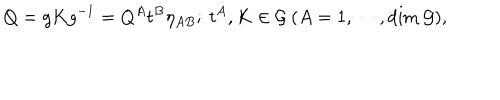
Q = g K g ^ { - 1 } = Q ^ { A } t ^ { B } \eta _ { A B } ; ~ t ^ { A } , K \in { \cal G } ~ ( A = 1 , \cdots , \mathrm { d i m } ~ { \cal G } ) ,